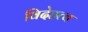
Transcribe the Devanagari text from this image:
विदेहत्व